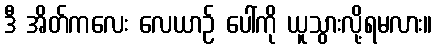
ဒီ အိတ်ကလေး လေယာဉ် ပေါ်ကို ယူသွားလို့ရမလား။